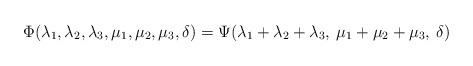
LaTeX: \begin{align*}\Phi(\lambda_1,\lambda_2,\lambda_3,\mu_1,\mu_2,\mu_3,\delta) = \Psi(\lambda_1+\lambda_2+\lambda_3,\:\mu_1+\mu_2+\mu_3,\:\delta)\end{align*}